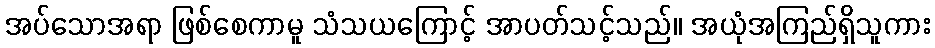
အပ်သောအရာ ဖြစ်စေကာမူ သံသယကြောင့် အာပတ်သင့်သည်။ အယုံအကြည်ရှိသူကား